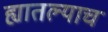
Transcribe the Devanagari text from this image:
ह्यातल्याच